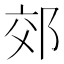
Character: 郊